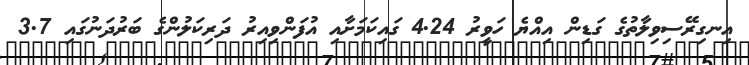
އިނގިރޭސިވިލާތުގެ ގަޑިން އިއްޔެ ހަވީރު 4.24 ގައިކަމަށާއި އުފަންވިއިރު ދަރިކަލުންގެ ބަރުދަނުގައި 3.7